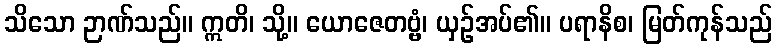
သိသော ဉာဏ်သည်။ ဣတိ၊ သို့။ ယောဇေတဗ္ဗံ၊ ယှဉ်အပ်၏။ ပရာနိစ၊ မြတ်ကုန်သည်